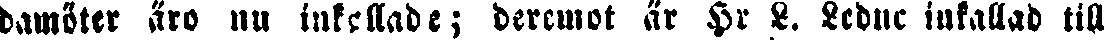
damöter äro nu inkallade; deremot är Hr L. Ledne inkallad till